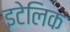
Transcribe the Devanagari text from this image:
इटेलिक